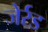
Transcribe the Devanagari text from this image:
जेर्रड